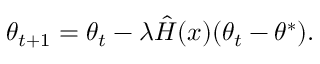
\theta _ { t + 1 } = \theta _ { t } - \lambda \hat { H } ( x ) ( \theta _ { t } - \theta ^ { * } ) .